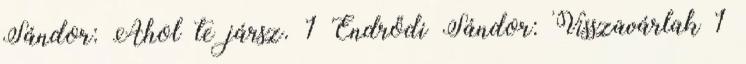
Sándor: Ahol te jársz. 1 Endrődi Sándor: Visszavárlak 1